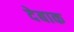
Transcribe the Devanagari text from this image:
देबाक